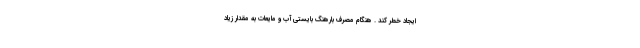
ایجاد خطر کند . هنگام مصرف بارهنگ بایستی آب و مایعات به مقدار زیاد